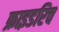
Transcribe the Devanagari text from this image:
फ्राइडरिच